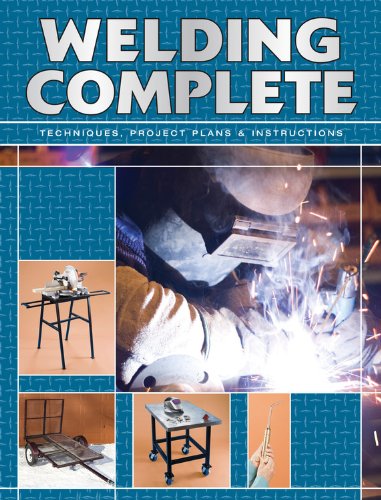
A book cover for Welding Complete: Techniques, Project Plans & Instructions; Editors of CPi; Crafts, Hobbies & Home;